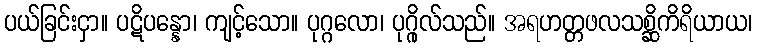
ပယ်ခြင်းငှာ။ ပဋိပန္နော၊ ကျင့်သော။ ပုဂ္ဂလော၊ ပုဂ္ဂိုလ်သည်။ အရဟတ္တဖလသစ္ဆိကိရိယာယ၊